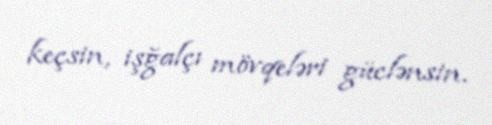
keçsin, işğalçı mövqeləri güclənsin.